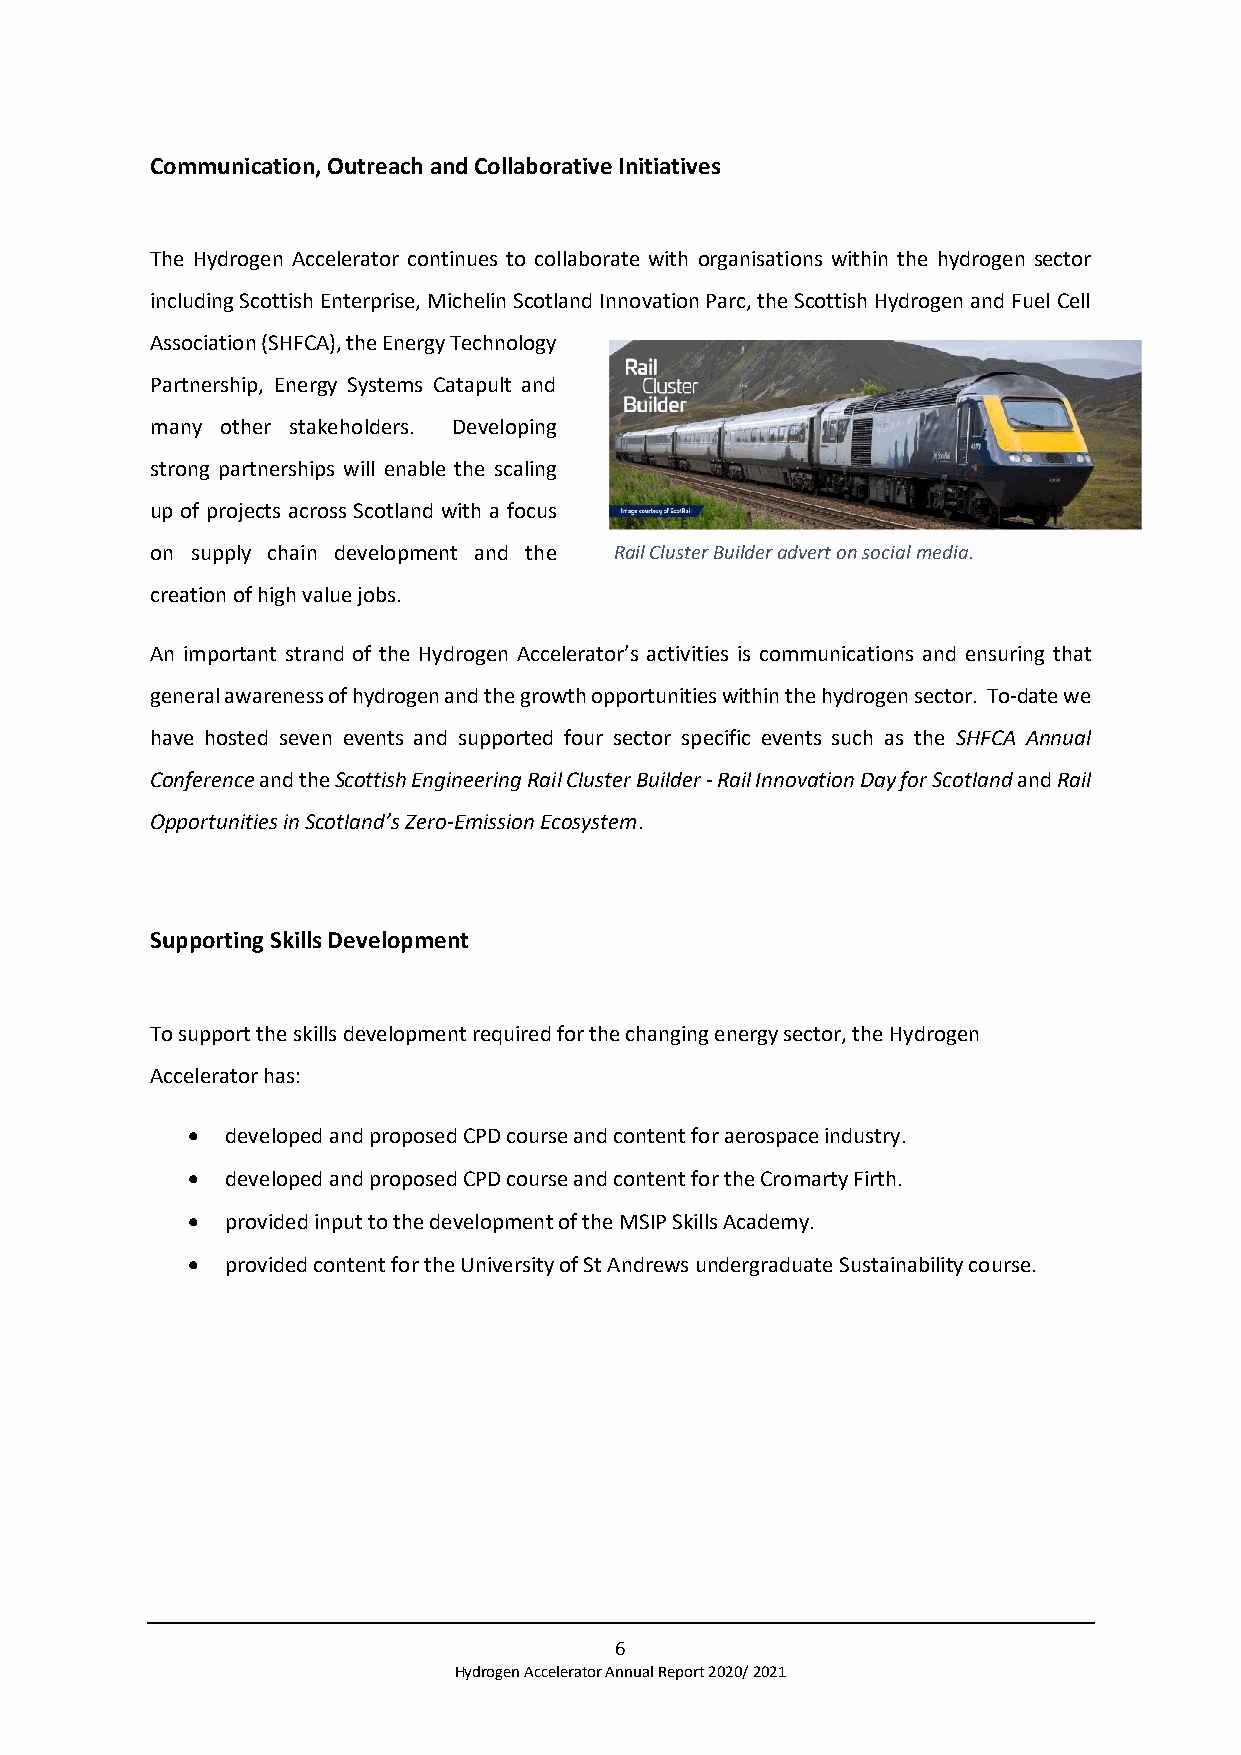
Communication, Outreach and Collaborative Initiatives
 The Hydrogen Accelerator continues to collaborate with organisations within the hydrogen sector
 including Scottish Enterprise, Michelin Scotland Innovation Parc, the Scottish Hydrogen and Fuel Cell
 Association (SHFCA), the Energy Technology
 Partnership, Energy Systems Catapult and
 many other stakeholders. Developing
 strong partnerships will enable the scaling
 up of projects across Scotland with a focus
 on supply chain development and the Rail Cluster Builder advert on social media.
 creation of high value jobs.
 An important strand of the Hydrogen Accelerator’s activities is communications and ensuring that
 general awareness of hydrogen and the growth opportunities within the hydrogen sector. To-date we
 have hosted seven events and supported four sector specific events such as the SHFCA Annual
 Conference and the Scottish Engineering Rail Cluster Builder - Rail Innovation Day for Scotland and Rail
 Opportunities in Scotland’s Zero-Emission Ecosystem.
 Supporting Skills Development
 To support the skills development required for the changing energy sector, the Hydrogen
 Accelerator has:
 •  developed and proposed CPD course and content for aerospace industry.
 •  developed and proposed CPD course and content for the Cromarty Firth.
 •  provided input to the development of the MSIP Skills Academy.
 •  provided content for the University of St Andrews undergraduate Sustainability course.
 6
 Hydrogen Accelerator Annual Report 2020/ 2021